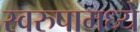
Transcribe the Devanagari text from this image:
स्वरुपामध्ये